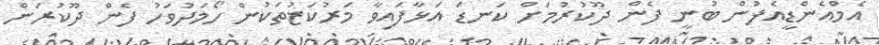
އެމްއެންޑީއެފުން ބުނީ ފެން ދޫކުރުމަށް ކަނޑަ އަޅާފައިވާ މަރުކަޒުތަކުން ހޯމަދުވަހު ފެން ދޫކުރަން